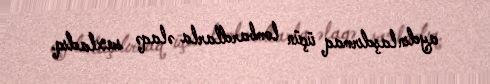
aydınlaşdırmaq üçün lombardlarla əlaqə saxladıq.